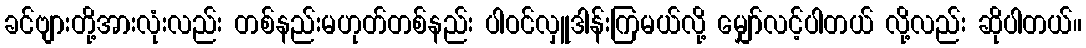
ခင်ဗျားတို့အားလုံးလည်း တစ်နည်းမဟုတ်တစ်နည်း ပါဝင်လှူဒါန်းကြမယ်လို့ မျှော်လင့်ပါတယ် လို့လည်း ဆိုပါတယ်။